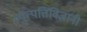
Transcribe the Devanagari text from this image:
व्युत्पत्तिविज्ञानी